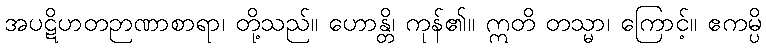
အပဋိဟတဉာဏာစာရာ၊ တို့သည်။ ဟောန္တိ၊ ကုန်၏။ ဣတိ တသ္မာ၊ ကြောင့်။ ဧကမ္ပိ